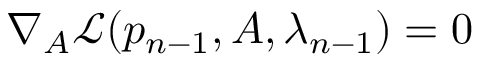
\nabla _ { A } \mathcal { L } ( p _ { n - 1 } , A , \lambda _ { n - 1 } ) = 0